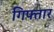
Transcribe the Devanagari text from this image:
गिफ्तार